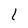
Character: I